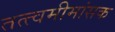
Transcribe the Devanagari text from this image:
तत्त्वमीमांसक